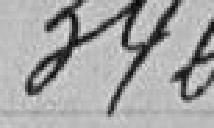
346